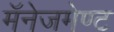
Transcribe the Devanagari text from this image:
मॅनेजमेण्ट